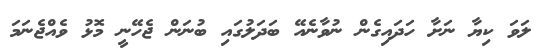
ލަވަ ކިޔާ ނަށާ ހަދައިގެން ނުވާނެއޭ ބަދަލުގައި ބުނަން ޖެހޭނީ މޮޅު ވެއްޖެނަމަ